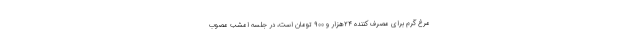
مرغ گرم برای مصرف کننده ۲۴هزار و ۹۰۰ تومان است، در جلسه امشب مصوب